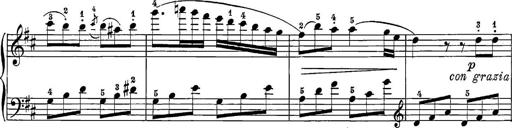
Title: 12 Sonatine per Pianoforte
Composer: Friedrich Kuhlau